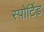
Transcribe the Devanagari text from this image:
स्पोर्टिड